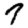
Digit: 7